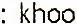
: KHOO